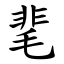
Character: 靟